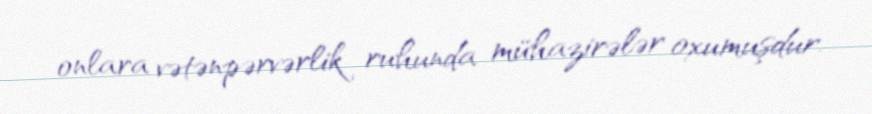
onlara vətənpərvərlik ruhunda mühazirələr oxumuşdur.